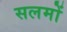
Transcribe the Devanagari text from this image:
सलमों